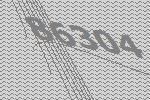
86304